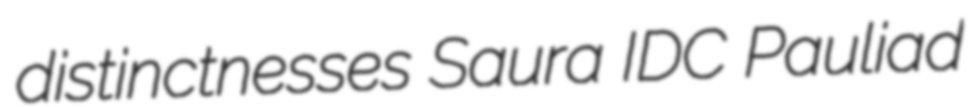
distinctnesses Saura IDC Pauliad